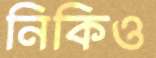
নিকিও